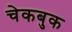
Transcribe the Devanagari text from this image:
चेकबुक